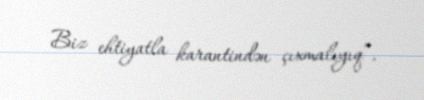
Biz ehtiyatla karantindən çıxmalıyıq”.